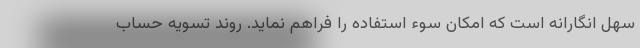
سهل انگارانه است که امکان سوء استفاده را فراهم نماید. روند تسویه حساب